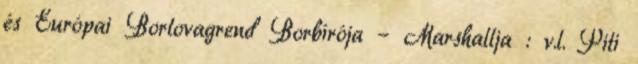
és Európai Borlovagrend Borbírója – Marshallja : v.l. Piti